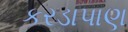
કરડાપાણ